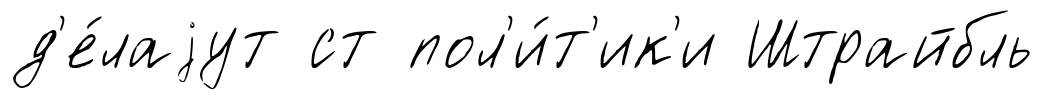
д'е́лаjут ст пол'и́т'ик'и Штрайбль